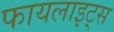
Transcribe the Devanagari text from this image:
फायलाइट्स